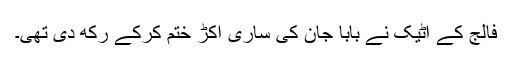
فالج کے اٹیک نے بابا جان کی ساری اکڑ ختم کرکے رکھ دی تھی۔